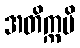
အတိက္ကမိ